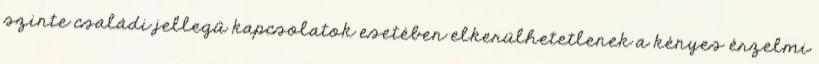
szinte családi jellegű kapcsolatok esetében elkerülhetetlenek a kényes érzelmi